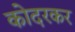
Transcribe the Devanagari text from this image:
कोदरकर